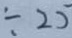
0 \div 2 5